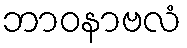
ဘာဝနာဗလံ